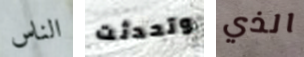
الناس وتحدثت الذي